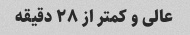
عالی و کمتر از ٢٨ دقیقه